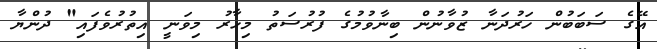
އޭގެ ސަބަބުން ހަރުދަނާ ޒުވާނުން ބިނާވުމުގެ ފުރުސަތު މިހާރު މިވަނީ އިތުރުވެފައި" ދުންޔާ